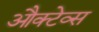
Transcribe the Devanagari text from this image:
औक्टेव्स